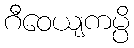
ဂီဝေယျကမ္ပိ